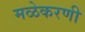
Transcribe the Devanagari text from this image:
मळेकरणी